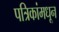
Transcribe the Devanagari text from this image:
पत्रिकांमधून